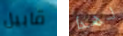
قابيل لهذا